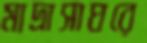
মাদ্রাসাঘরে